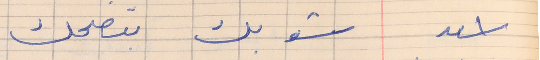
اسعد       شو بك بتضحك